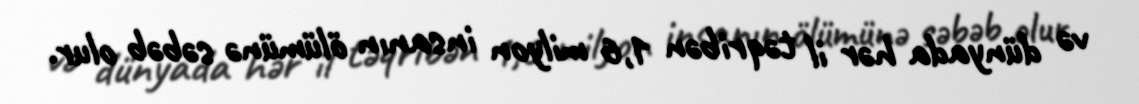
və dünyada hər il təqribən 1,6 milyon insanın ölümünə səbəb olur.